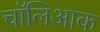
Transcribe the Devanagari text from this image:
चॉलिआक